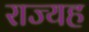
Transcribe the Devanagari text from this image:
राज्यह